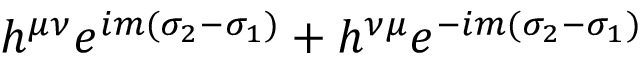
h ^ { \mu \nu } e ^ { i m ( \sigma _ { 2 } - \sigma _ { 1 } ) } + h ^ { \nu \mu } e ^ { - i m ( \sigma _ { 2 } - \sigma _ { 1 } ) }